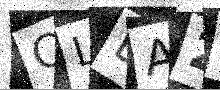
Text: CLEA2A